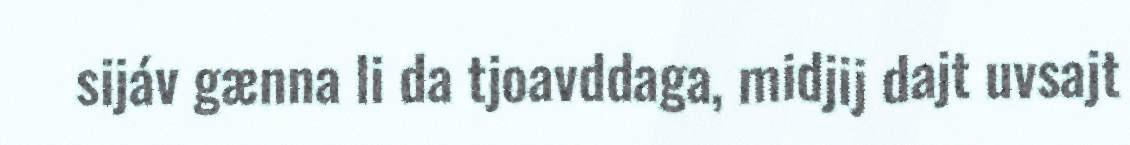
sijáv gænna li da tjoavddaga, midjij dajt uvsajt